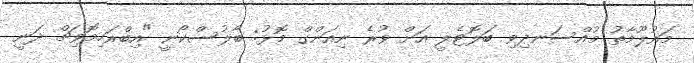
މައުލޫމާތު މުއްސަނދިވި ބަލޮޓެލީ އަށް ވުރެ ނިއަންގް މޮޅު: ބާލުސްކޯނީ "އިބްރަހިމޮވިޗް ދަނީ